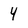
Character: 4